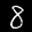
Label: 8